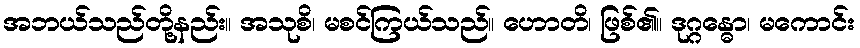
အဘယ်သည်တို့နည်း။ အသုစိ၊ မစင်ကြယ်သည်။ ဟောတိ၊ ဖြစ်၏။ ဒုဂ္ဂန္ဓော၊ မကောင်း